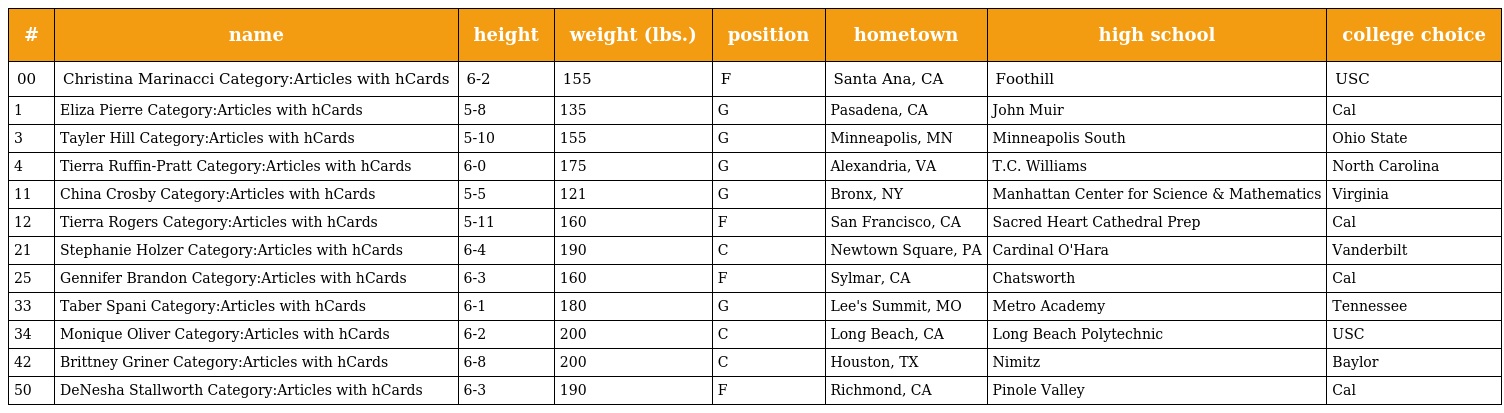
| # | name | height | weight (lbs.) | position | hometown | high school | college choice |
 | --- | --- | --- | --- | --- | --- | --- | --- |
 | 00 | Christina Marinacci Category:Articles with hCards | 6-2 | 155 | F | Santa Ana, CA | Foothill | USC |
 | 1 | Eliza Pierre Category:Articles with hCards | 5-8 | 135 | G | Pasadena, CA | John Muir | Cal |
 | 3 | Tayler Hill Category:Articles with hCards | 5-10 | 155 | G | Minneapolis, MN | Minneapolis South | Ohio State |
 | 4 | Tierra Ruffin-Pratt Category:Articles with hCards | 6-0 | 175 | G | Alexandria, VA | T.C. Williams | North Carolina |
 | 11 | China Crosby Category:Articles with hCards | 5-5 | 121 | G | Bronx, NY | Manhattan Center for Science & Mathematics | Virginia |
 | 12 | Tierra Rogers Category:Articles with hCards | 5-11 | 160 | F | San Francisco, CA | Sacred Heart Cathedral Prep | Cal |
 | 21 | Stephanie Holzer Category:Articles with hCards | 6-4 | 190 | C | Newtown Square, PA | Cardinal O'Hara | Vanderbilt |
 | 25 | Gennifer Brandon Category:Articles with hCards | 6-3 | 160 | F | Sylmar, CA | Chatsworth | Cal |
 | 33 | Taber Spani Category:Articles with hCards | 6-1 | 180 | G | Lee's Summit, MO | Metro Academy | Tennessee |
 | 34 | Monique Oliver Category:Articles with hCards | 6-2 | 200 | C | Long Beach, CA | Long Beach Polytechnic | USC |
 | 42 | Brittney Griner Category:Articles with hCards | 6-8 | 200 | C | Houston, TX | Nimitz | Baylor |
 | 50 | DeNesha Stallworth Category:Articles with hCards | 6-3 | 190 | F | Richmond, CA | Pinole Valley | Cal |